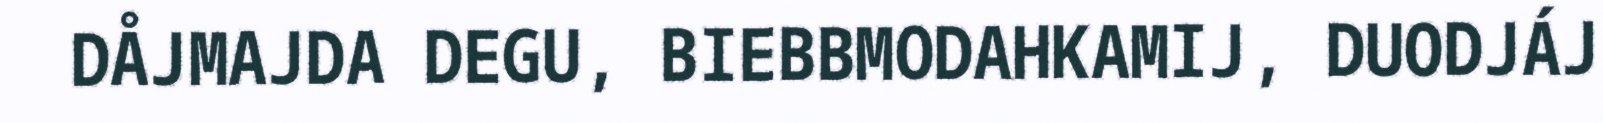
DÅJMAJDA DEGU, BIEBBMODAHKAMIJ, DUODJÁJ